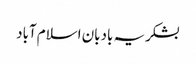
بشکریہ بادبان اسلام آباد